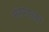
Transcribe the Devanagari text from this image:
मरगाला